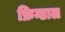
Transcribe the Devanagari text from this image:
फ्रिन्डाल